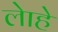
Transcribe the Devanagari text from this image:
लेाहे